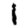
Digit: 1